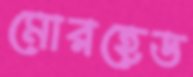
মোরহেড